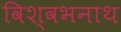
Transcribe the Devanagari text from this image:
विश्वभनाथ